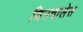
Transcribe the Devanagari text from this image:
चिनचालेस